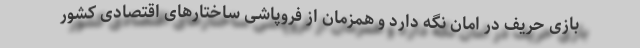
بازی حریف در امان نگه دارد و همزمان از فروپاشی ساختارهای اقتصادی کشور